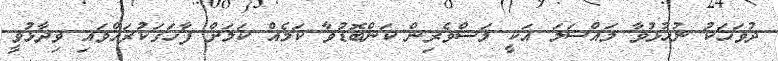
ދުވަހަކު ނުހުޅުވާ މައްސަލަ އަކީ މަސްވެރިން ކަންބޮޑުވާ ކަމެއް ކަމަށް ފާހަގަކުރައްވައި ވިދާޅުވީ